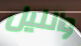
والليل